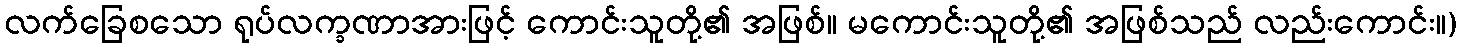
လက်ခြေစသော ရုပ်လက္ခဏာအားဖြင့် ကောင်းသူတို့၏ အဖြစ်။ မကောင်းသူတို့၏ အဖြစ်သည် လည်းကောင်း။)